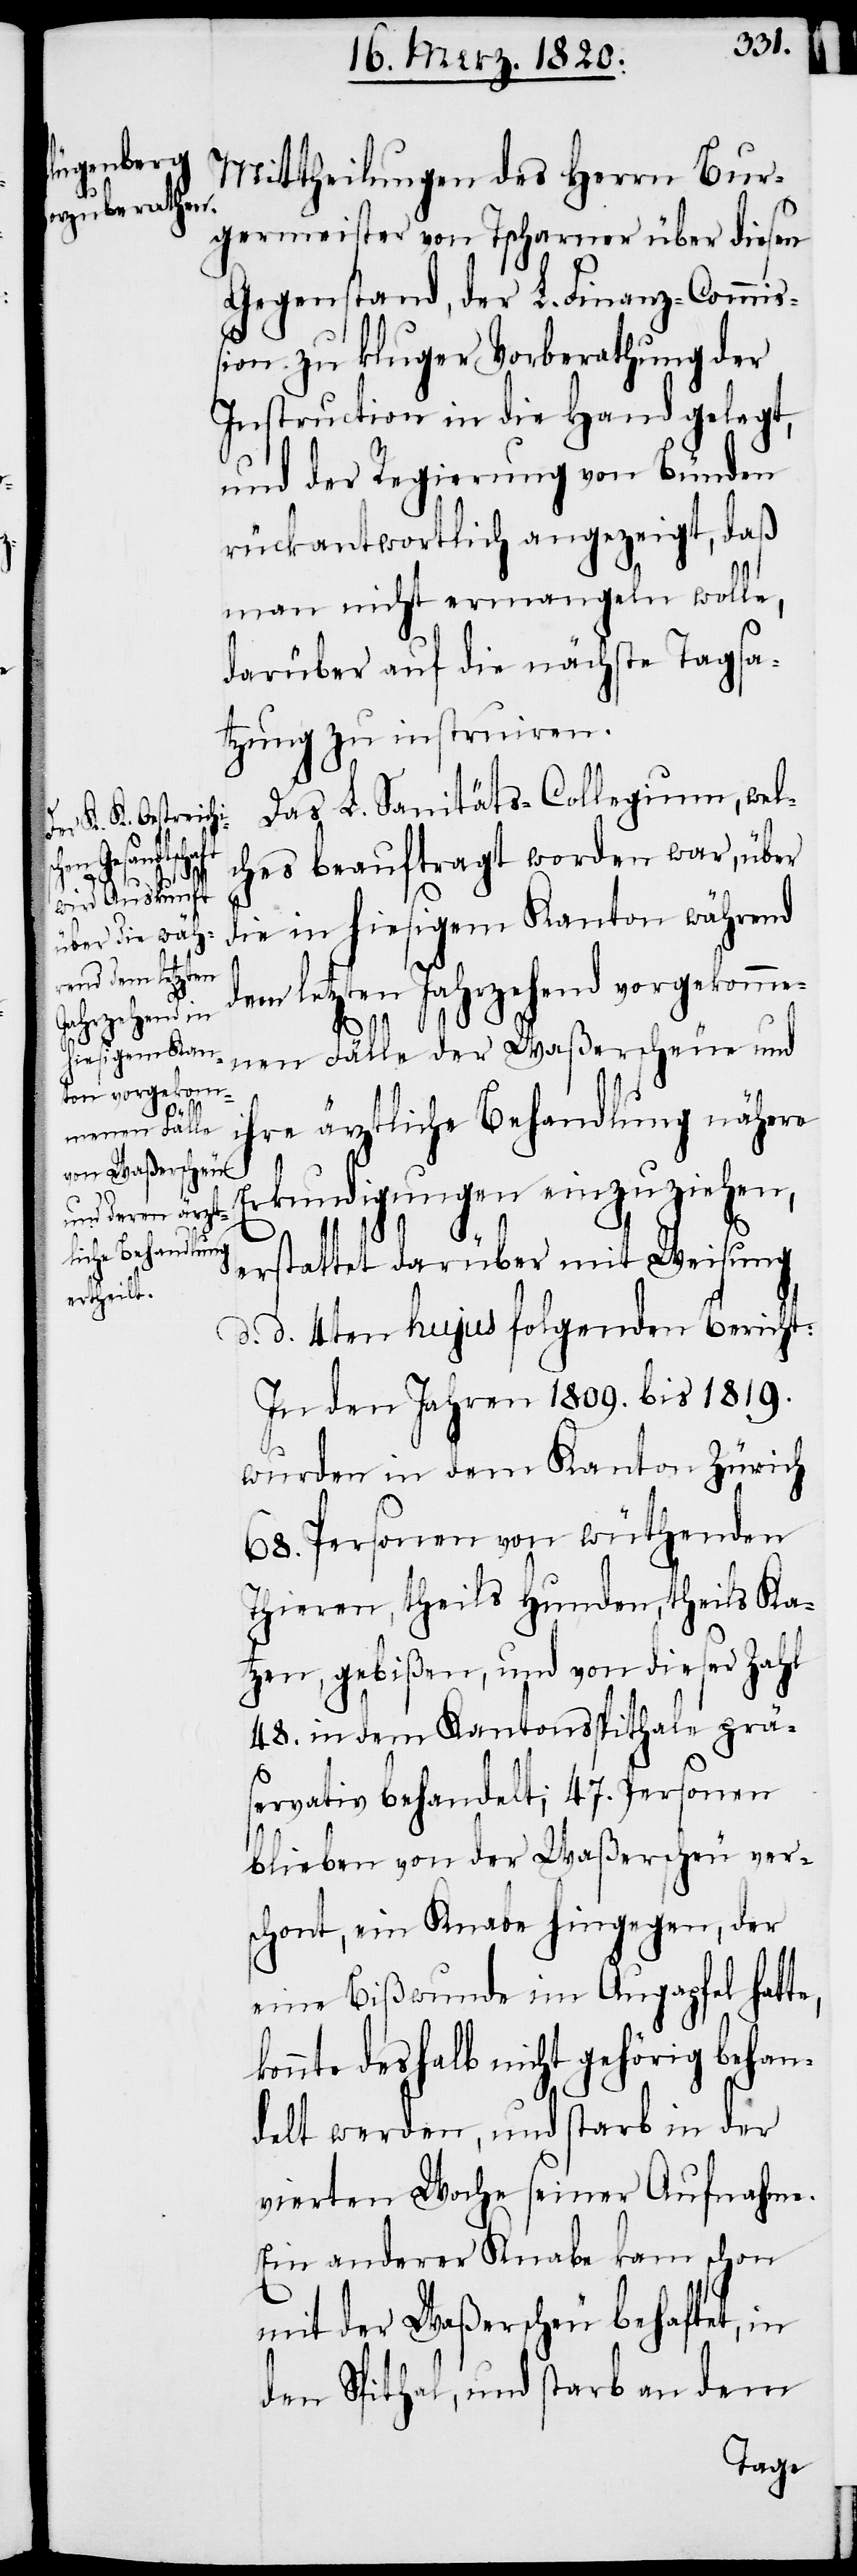
Mittheilungen des Herrn Bur¬
germeister von Tscharner über diesen
Gegenstand, der L. Finanz-Commiß¬
ion zu kluger Vorberathung der
Instruction in die Hand gelegt,
und der Regierung von Bünden
rückantwortlich angezeigt, daß
man nicht ermangeln wolle,
darüber auf die nächste Tagsa¬
tzung zu instruiren.
Das L. Sanitäts-Collegium, wel¬
ches beauftragt worden war, über
die in hiesigem Kanton während
dem letzten Jahrzehend vorgekomme¬
nen Fälle der Waßerscheue und
ihre ärztliche Behandlung nähere
k¬
Erkundigungen einzuziehen,
erstattet darüber mit Weisung
d. d. 4ten hujus folgenden Bericht:
In den Jahren 1809. bis 1819.
wurden in dem Kanton Zürich
68. Personen von wüthenden
Thieren, theils Hunden, theils Ka¬
tzen, gebißen, und von dieser Zahl
48. in dem Kantonsspithale prä¬
servativ behandelt; 47. Personen
blieben von der Waßerscheu ver¬
schont, ein Knabe hingegen, der
eine Bißwunde im Augapfel hatte,
onnte deshalb nicht gehörig behan¬
delt werden, und starb in der
vierten Woche seiner Aufnahme.
Ein anderer Knabe kam schon
mit der Waßerscheu behaftet, in
den Spithal, und starb an dem